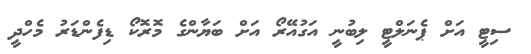
ސިޓީ އަށް ޕެނަލްޓީ ލިބުނީ އަގުއޭރޯ އަށް ބަޔާންގެ މޮރޮކޯ ޑިފެންޑަރު މެހްދީ